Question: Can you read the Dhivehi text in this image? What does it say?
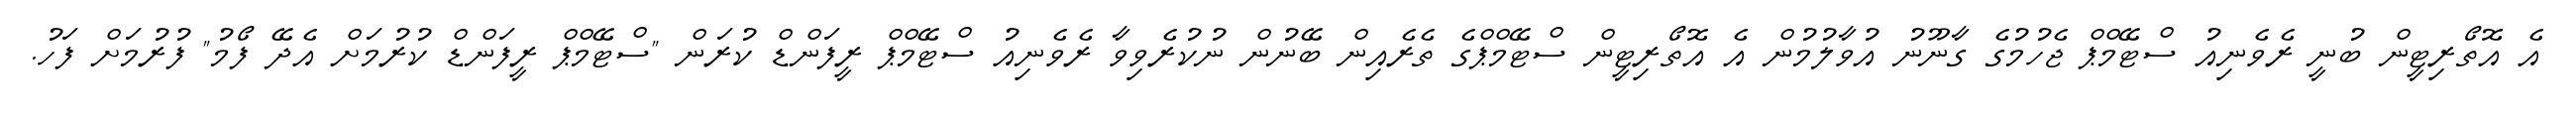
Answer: އެ އޮތޯރިޓީން ބުނީ ރެވެނިއު ސްޓޭމްޕް ޖެހުމުގެ ގާނޫނު އުވާލުމުން އެ އޮތޯރިޓީން ސްޓޭމްޕްގެ ތެރެއިން ބޭނުން ނުކުރެވިވާ ރެވެނިއު ސްޓޭމްޕް ރީފަންޑް ކުރަން "ސްޓޭމްޕް ރީފަންޑް ކުރުމަށް އެދޭ ފޯމު" ފުރުމަށް ފަހު.